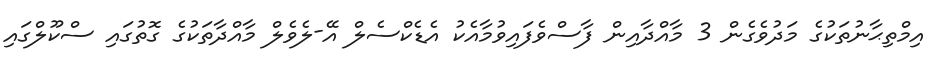
އިމްތިޙާނުތަކުގެ މަދުވެގެން 3 މާއްދާއިން ފާސްވެފައިވުމާއެކު އެޑެކްސެލް އޭ-ލެވެލް މާއްދާތަކުގެ ގޮތުގައި ސްކޫލްގައި